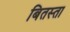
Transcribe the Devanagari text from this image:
बितस्ता